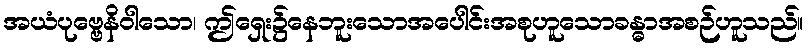
အယံပုဗ္ဗေနိဝါသော၊ ဤရှေး၌နေဘူးသောအပေါင်းအစုဟူသောခန္ဓာအစဉ်ဟူသည်။